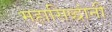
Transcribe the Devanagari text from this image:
महासिद्धांनी